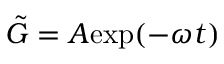
\tilde { G } = A \mathrm { e x p } ( - \omega t )